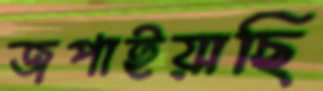
জপাইয়াছি